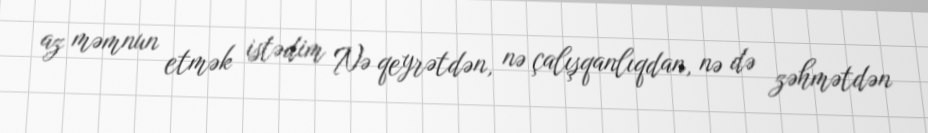
az məmnun etmək istədim Nə qeyrətdən, nə çalışqanlıqdan, nə də zəhmətdən